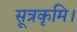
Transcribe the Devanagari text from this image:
सूत्रकृमि।